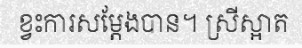
ខ្វះការសម្តែងបាន។ ស្រីស្អាត